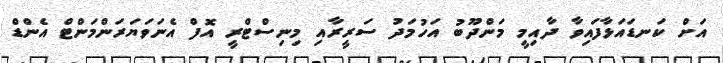
އަށް ކަނޑައަޅާފައިވާ ދާއިމީ މަންދޫބު އަހުމަދު ސަރީރާއި މިނިސްޓްރީ އޮފް އެނަވަޔަރަންމަންޓް އެންޑް